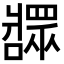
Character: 𬌎